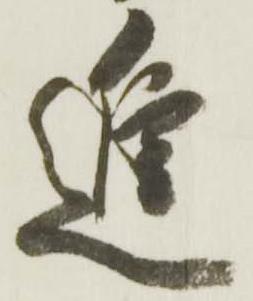
進